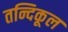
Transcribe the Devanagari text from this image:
तन्दिकूल